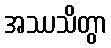
အဿသိတွာ